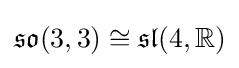
{\mathfrak {so}}(3,3)\cong {\mathfrak {sl}}(4,\mathbb {R} )